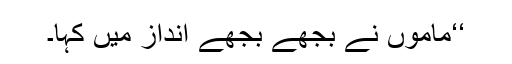
‘‘ماموں نے بجھے بجھے انداز میں کہا۔